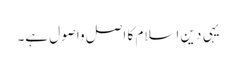
یہی دین اسلام کا اصل واصول ہے۔